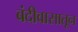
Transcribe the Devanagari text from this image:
बंदीवासातून